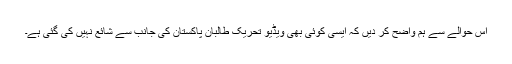
اس حوالے سے ہم واضح کر دیں کہ ایسی کوئی بھی ویڈیو تحریک طالبان پاکستان کی جانب سے شائع نہیں کی گئی ہے۔